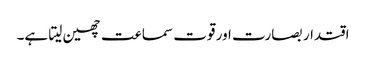
اقتدار بصارت اور قوت سماعت چھین لیتا ہے۔